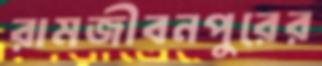
রামজীবনপুরের